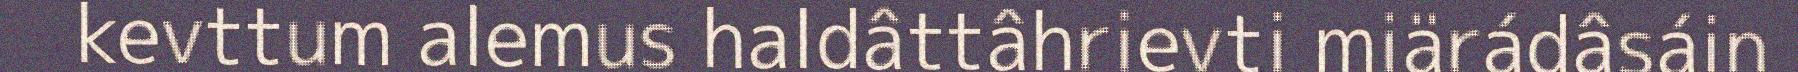
kevttum alemus haldâttâhrievti miärádâsáin